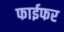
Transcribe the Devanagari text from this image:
फाईफर